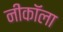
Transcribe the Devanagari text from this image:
नीकॉला